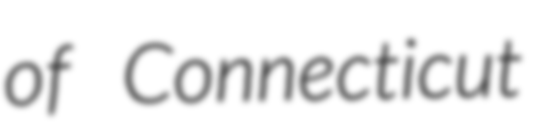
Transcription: of Connecticut